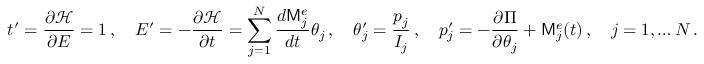
t ^ { \prime } = \frac { \partial \mathcal { H } } { \partial E } = 1 \, , \quad E ^ { \prime } = - \frac { \partial \mathcal { H } } { \partial t } = \sum _ { j = 1 } ^ { N } \frac { d \mathsf { M } _ { j } ^ { e } } { d t } \theta _ { j } \, , \quad \theta _ { j } ^ { \prime } = \frac { p _ { j } } { I _ { j } } \, , \quad p _ { j } ^ { \prime } = - \frac { \partial \Pi } { \partial \theta _ { j } } + \mathsf { M } _ { j } ^ { e } ( t ) \, , \quad j = 1 , \hdots N \, .